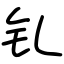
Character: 钆